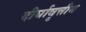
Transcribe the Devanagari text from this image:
दीर्घावृत्तीय